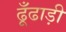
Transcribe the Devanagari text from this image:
ढूँढाड़ी